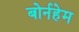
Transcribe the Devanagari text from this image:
बोर्नहेम